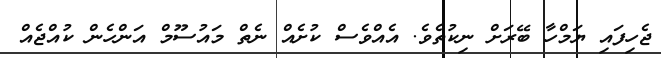
ޖެހިފައި ޔަމްހާ ބޭރަށް ނިކުތެވެ. އެއްވެސް ކުށެއް ނެތް މައުސޫމް އަންހެން ކުއްޖެއް